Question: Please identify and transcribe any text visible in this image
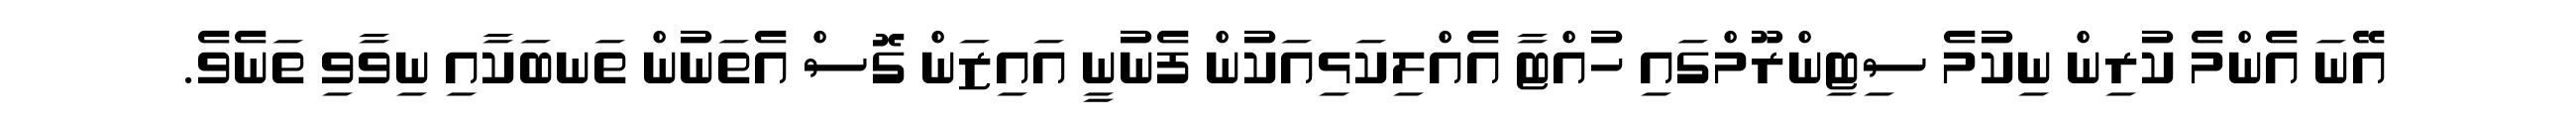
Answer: އޭނަ އެންމެ ކުރިން ނިކުމެ ސިޓިންރޫމްގައި ހުއްޓާ އެއްލިކަޅިއަކުން ފެނުނީ އައިޒަން ގޮސް އެތަނުން ތަނބަކާއި ނިވާވި ތަނެވެ.